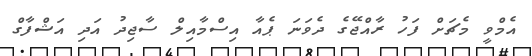
އެމްވީ މެޗަށް ފަހު ރާއްޖޭގެ ދެވަނަ ޕެއާ އިސްމާއިލް ސާޖިދު އަދި އަޝްފާގް